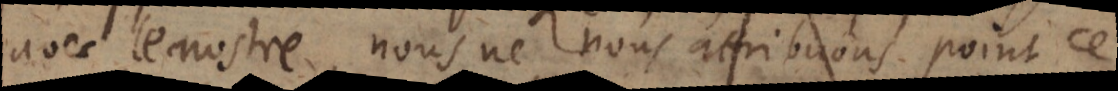
avec le nostre, nous ne nous attribuons point ce